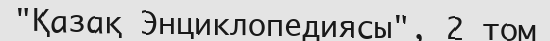
"Қазақ Энциклопедиясы", 2 том